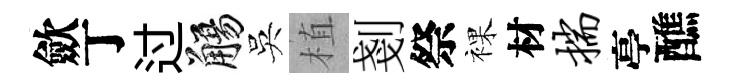
歛丁过觴吳植剗祭裸材揣亭醮